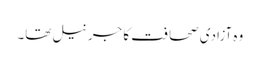
وہ آزادی صحافت کا جرنیل تھا۔